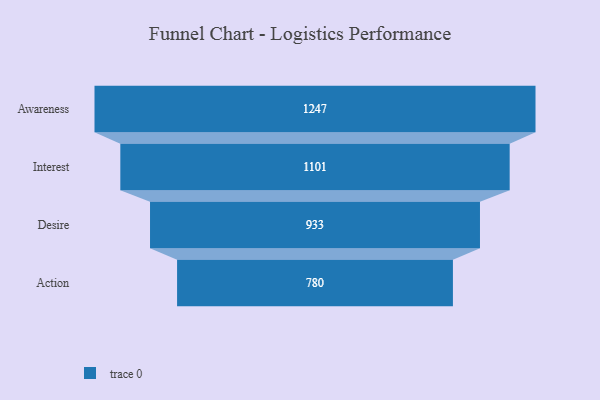
{"axis": {"x": "Stage", "y": "Value"}, "legend": [""], "data": [{"x": "Awareness", "y": 1247.0, "type": ""}, {"x": "Interest", "y": 1101.0, "type": ""}, {"x": "Desire", "y": 933.0, "type": ""}, {"x": "Action", "y": 780.0, "type": ""}]}